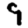
Digit: 9